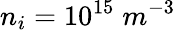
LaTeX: n_{i}=10^{15}\; m^{-3}